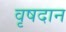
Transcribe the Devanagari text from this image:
वृषदान